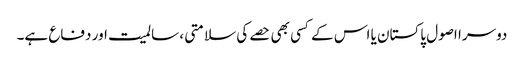
دوسرا اصول پاکستان یا اس کے کسی بھی حصے کی سلامتی ، سالمیت اور دفاع ہے۔